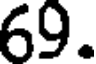
69.